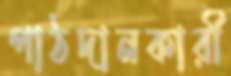
পাঠদানকারী